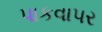
પાકવાપર